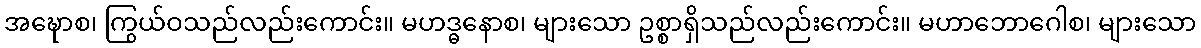
အဍ္ဎောစ၊ ကြွယ်ဝသည်လည်းကောင်း။ မဟဒ္ဓနောစ၊ များသော ဥစ္စာရှိသည်လည်းကောင်း။ မဟာဘောဂေါစ၊ များသော